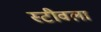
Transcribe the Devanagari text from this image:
स्टीवला